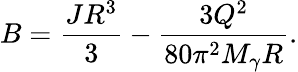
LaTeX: B=\frac{JR^{3}}{3}-\frac{3Q^{2}}{80\pi^{2}M_{\gamma}R}.